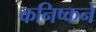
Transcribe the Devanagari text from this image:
कनिष्कने